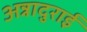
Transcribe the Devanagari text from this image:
अन्नादुराई